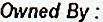
OWNED BY :